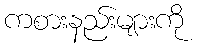
ကစားနည်းများကို